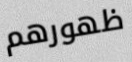
ظهورهم